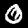
Label: 0